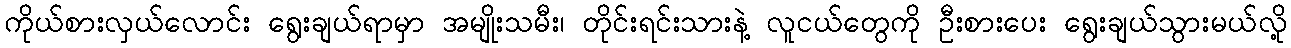
ကိုယ်စားလှယ်လောင်း ရွေးချယ်ရာမှာ အမျိုးသမီး၊ တိုင်းရင်းသားနဲ့ လူငယ်တွေကို ဦးစားပေး ရွေးချယ်သွားမယ်လို့